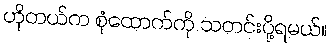
ဟိုတယ်က စုံထောက်ကို သတင်းပို့ရမယ်။